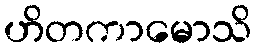
ဟိတကာမောသိ